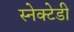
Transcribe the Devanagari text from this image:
स्नेक्टेडी